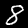
Digit: 8